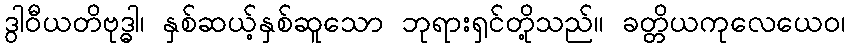
ဒွါဝီယတိဗုဒ္ဓါ၊ နှစ်ဆယ့်နှစ်ဆူသော ဘုရားရှင်တို့သည်။ ခတ္တိယကုလေယေဝ၊